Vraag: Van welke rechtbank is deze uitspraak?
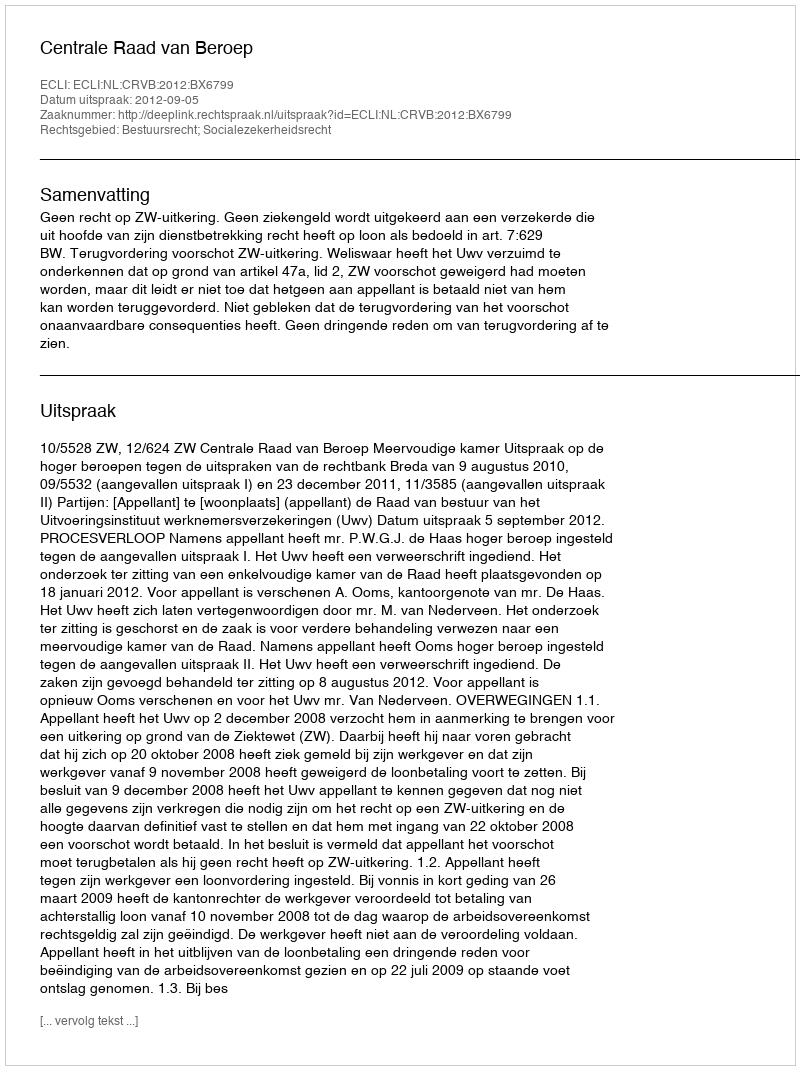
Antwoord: Centrale Raad van Beroep